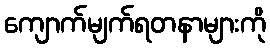
ကျောက်မျက်ရတနာများကို